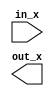
module log10_lookup(in_x, out_x);
	
	parameter N = 4;
	input [N-1:0] in_x;
	output reg [N-1:0] out_x;

	
always@(in_x)
begin
	case (1)
//		(in_x >= 4'd0 && in_x <= 4'd1) : out_x = 4'd1;
//		(in_x >= 4'd2 && in_x <= 4'd4) : out_x = 4'd2;
//		(in_x >= 4'd5 && in_x <= 4'd8) : out_x = 4'd7;
	
		
	endcase
	

end


endmodule